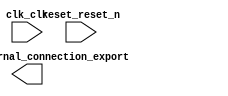

module proj_qsys (
	clk_clk,
	reset_reset_n,
	led_pio_external_connection_export);	

	input		clk_clk;
	input		reset_reset_n;
	output	[7:0]	led_pio_external_connection_export;
endmodule